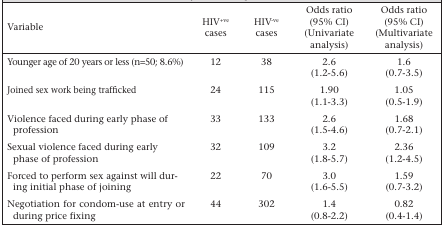
| Variable | HIV+ve cases | HIV−ve cases | Odds ratio (95% CI) (Univariate analysis) | Odds ratio (95% CI) (Multivariate analysis) |
 | --- | --- | --- | --- | --- |
 | Younger age of 20 years or less (n=50; 8.6%) | 12 | 38 | 2.6 (1.2–5.6) | 1.6 (0.7–3.5) |
 | Joined sex work being trafficked | 24 | 115 | 1.90 (1.1–3.3) | 1.05 (0.5–1.9) |
 | Violence faced during early phase of profession | 33 | 133 | 2.6 (1.5–4.6) | 1.68 (0.7–2.1) |
 | Sexual violence faced during early phase of profession | 32 | 109 | 3.2 (1.8–5.7) | 2.36 (1.2–4.5) |
 | Forced to perform sex against will during initial phase of joining | 22 | 70 | 3.0 (1.6–5.5) | 1.59 (0.7–3.2) |
 | Negotiation for condom-use at entry or during price fixing | 44 | 302 | 1.4 (0.8–2.2) | 0.82 (0.4–1.4) |